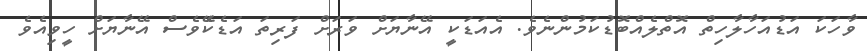
ވާހަކަ އަޑުއަހާލާާހިތް އޮތްލެއްބޮޑުކަމުންނެވެ. އެއަޑަކީ އޭނާޔަށް ވަރަށް ފަރިތަ އަޑެކެޭވެސް އޭނާޔަށް ހީވިއެވެ